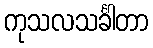
ကုသလသင်္ခါတာ